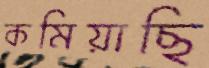
কমিয়াছি